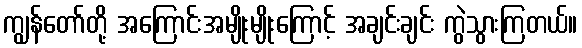
ကျွန်တော်တို့ အကြောင်းအမျိုးမျိုးကြောင့် အချင်းချင်း ကွဲသွားကြတယ်။